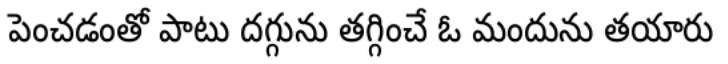
పెంచడంతో పాటు దగ్గును తగ్గించే ఓ మందును తయారు